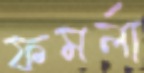
ফমর্লা